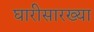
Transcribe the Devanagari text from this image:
घारीसारख्या